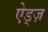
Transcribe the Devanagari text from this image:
ऐड्ज़